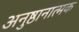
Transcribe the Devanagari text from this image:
अनुष्ठानात्मक